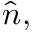
\hat { n } ,